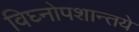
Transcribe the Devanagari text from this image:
विघ्नोपशान्तये